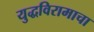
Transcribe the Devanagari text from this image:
युद्धविरामाचा